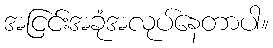
အငြင်းအခုံအလုပ်နေတာပါ။